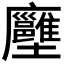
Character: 𡔏